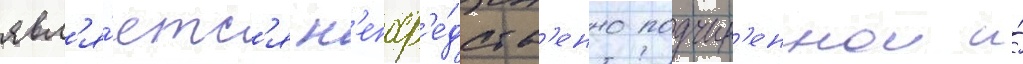
явл'я́етс'я н'епоср'е́дств'енно подчин'еннои и́